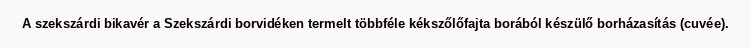
A szekszárdi bikavér a Szekszárdi borvidéken termelt többféle kékszőlőfajta borából készülő borházasítás (cuvée).